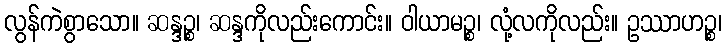
လွန်ကဲစွာသော။ ဆန္ဒဉ္စ၊ ဆန္ဒကိုလည်းကောင်း။ ဝါယာမဉ္စ၊ လုံ့လကိုလည်း။ ဥဿာဟဉ္စ၊